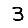
Digit: 3